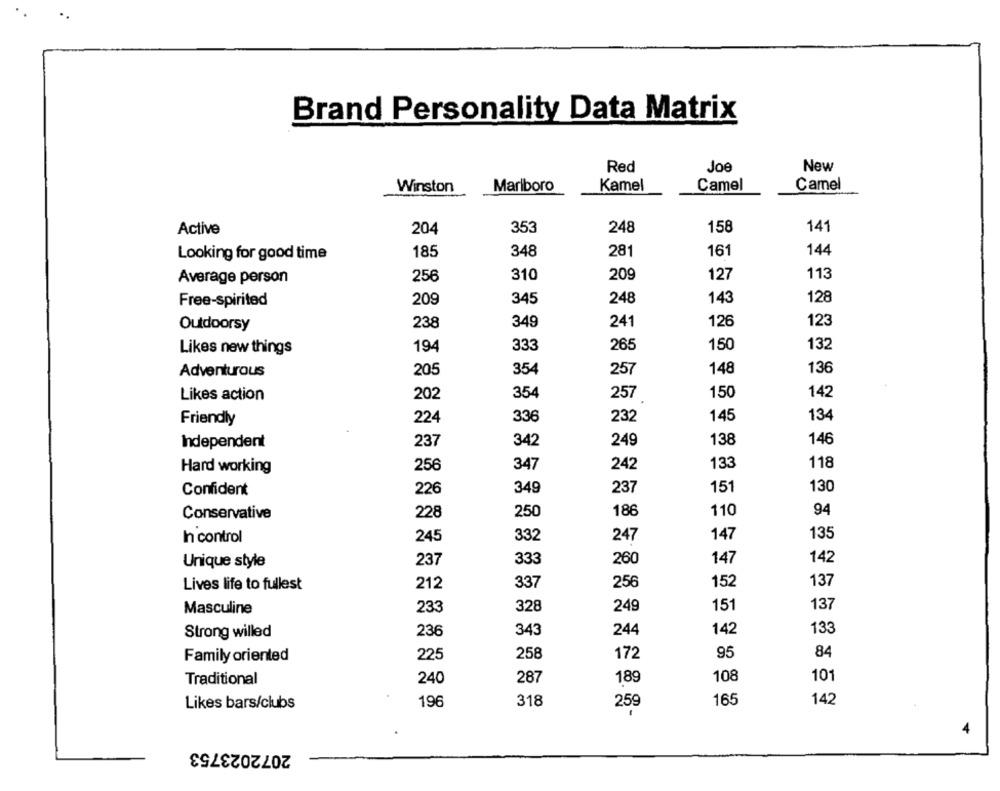
Brand Personality Data Matrix
New
Red
Joe
Winston
Marlboro
Kamel
Camel
Camel
Active
204
353
248
158
14
348
281
161
144
Looking for good time
185
310
209
127
113
Average person
256
209
345
248
143
128
Free-spirited
238
349
241
126
123
Outdoorsy
194
333
265
150
132
Likes new things
Adventurous
205
354
257
148
136
Likes action
202
354
257
150
142
224
336
232
145
134
Friendly
Independent
342
249
138
146
237
256
347
242
133
118
Hard working
Confident
349
237
151
130
226
Conservative
228
250
186
110
94
In control
245
332
247
147
135
237
333
260
147
142
Unique style
212
337
256
152
137
Lives life to fullest
Masculine
233
328
249
151
137
Strong willed
236
343
244
142
133
Family oriented
225
258
172
95
84
Traditional
240
287
18
108
101
Likes bars/clubs
196
318
165
142
259
2072023753